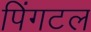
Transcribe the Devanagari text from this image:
पिंगटल